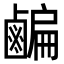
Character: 𪉱